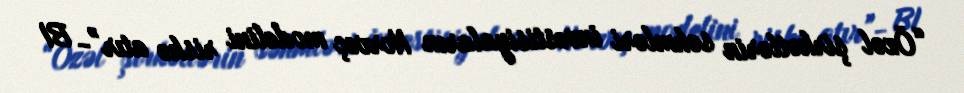
“Özəl şirkətlərin səhmləri investisiyaların Norveç modelini riskə atır”- BI